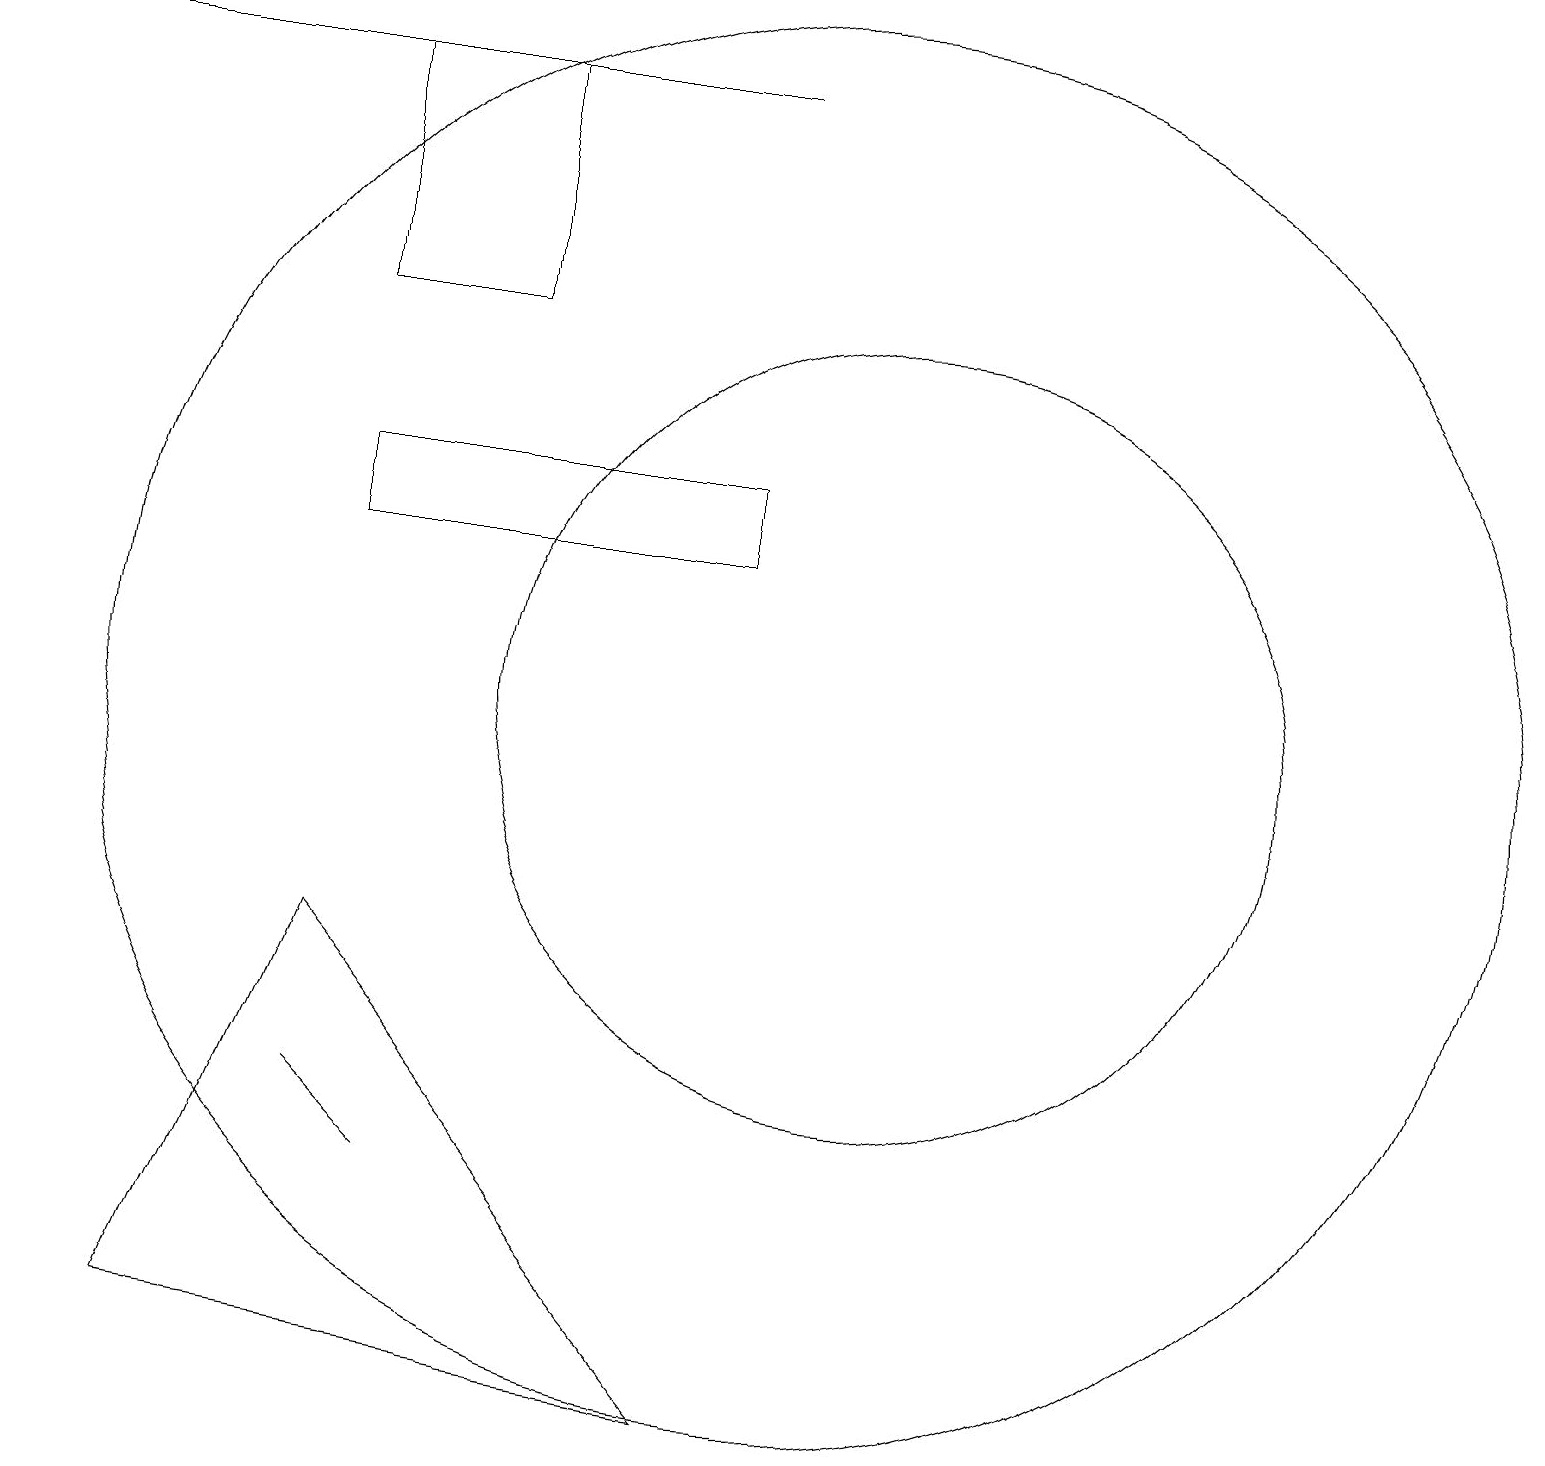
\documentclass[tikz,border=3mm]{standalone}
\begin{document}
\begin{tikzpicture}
\draw (10,11) circle (9);
\draw (11,11) circle (5);
\draw (4,19) rectangle (6,16);
\draw (9,19) rectangle (0,19);
\draw (4,14) rectangle (9,13);
\draw (4,6) -- (4,6) -- (5,5) -- cycle;
\draw (4,8) -- (2,3) -- (9,2) -- cycle;
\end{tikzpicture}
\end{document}